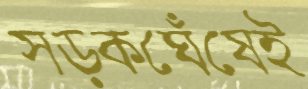
সড়কঘেঁষেই